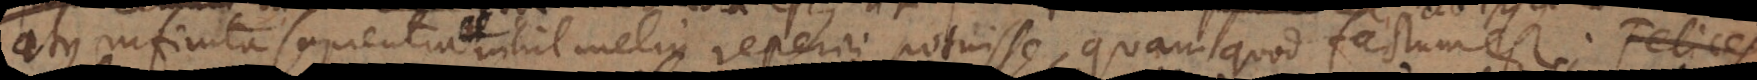
atque infinita sapientia nihil melius reperiri potuisse, quam quod factum est. Neque